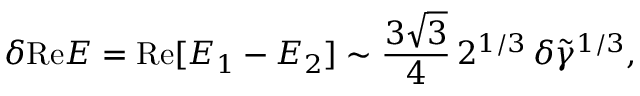
\delta \mathrm { R e } E = \mathrm { R e } [ E _ { 1 } - E _ { 2 } ] \sim \frac { 3 \sqrt { 3 } } { 4 } \, 2 ^ { 1 / 3 } \, \delta \tilde { \gamma } ^ { 1 / 3 } ,